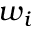
w _ { i }